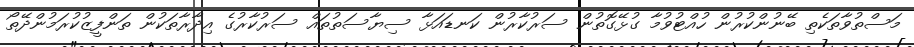
މަސްތުވާތަކެތި ބޭނުންކުރުން ހުއްޓުވުމާ ގުޅޭގޮތުން ސަރުކާރުން ކަނޑައަޅާ ސިޔާސަތުތައް ސަރުކާރުގެ އިދާރާތަކުން ތަންފީޒުކުރަމުންދޭތޯ